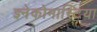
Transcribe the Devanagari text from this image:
ज्ञ्नेकोमास्टिया